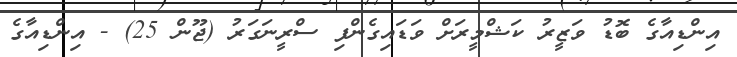
އިންޑިއާގެ ބޮޑު ވަޒީރު ކަޝްމީރަށް ވަޑައިގެންފި ސްރީނަގަރު (ޖޫން 25) - އިންޑިއާގެ